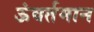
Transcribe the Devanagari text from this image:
ऊंवर्तमान